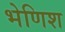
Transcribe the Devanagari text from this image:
भेणिश